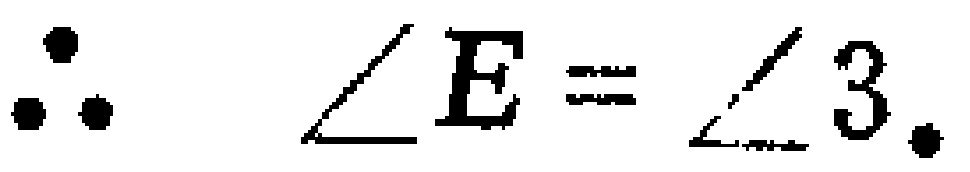
\(\therefore \angle E = \angle 3.\)